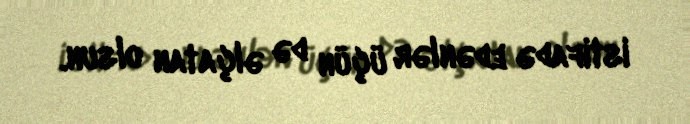
istifadə edənlər üçün də əlçatan olsun.